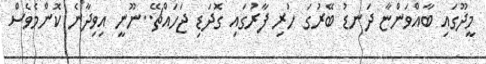
މީދޫގައި ބާއްވަންޏާ ދަނޑު ބޭރުގަ ހުރި ފާރުގައި ގޮދަޑި ޖަހައްޗޭ..ނޫނީ އިވިދާނެ ކޮންމެވެސް